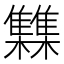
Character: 𮦂